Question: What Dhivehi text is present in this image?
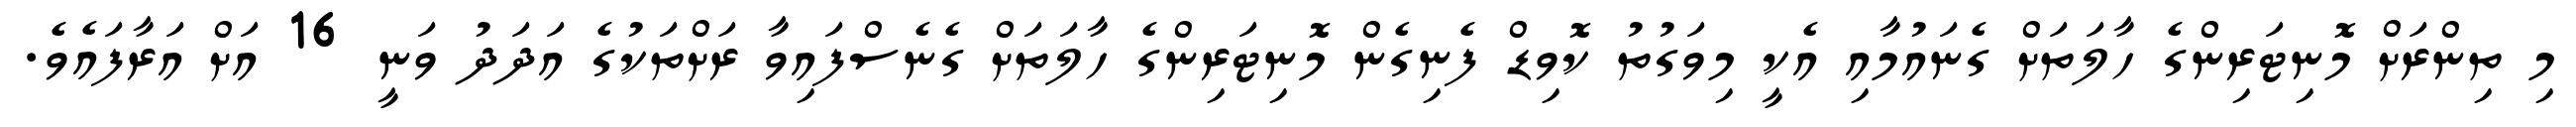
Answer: މި ތިންރަށް މޮނިޓަރިންގެ ހާލަތަށް ގެނައުމާއި އެކީ މިވަގުތު ކޮވިޑް ފެނިގެން މޮނިޓަރިންގެ ހާލަތަށް ގެނެސްފައިވާ ރަށްތަކުގެ އަދަދު ވަނީ 16 އަށް އަރާފައެވެ.